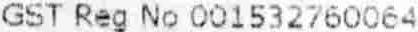
GST REG NO 001532760064